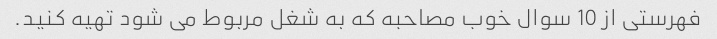
فهرستی از 10 سوال خوب مصاحبه که به شغل مربوط می شود تهیه کنید.